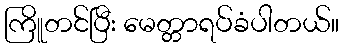
ကြိူတင်ပြီး မေတ္တာရပ်ခံပါတယ်။